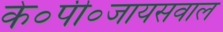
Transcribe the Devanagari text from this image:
के०पी०जायसवाल